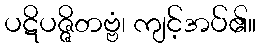
ပဋိပဇ္ဇိတဗ္ဗံ၊ ကျင့်အပ်၏။